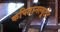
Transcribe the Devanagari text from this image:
कपितानल्यूटेंट